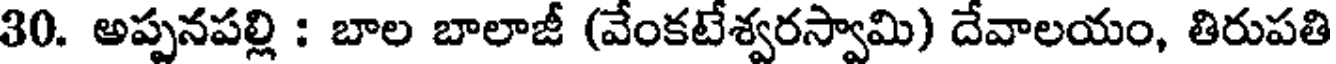
30. అప్పనపల్లి : బాల బాలాజీ (వేంకటేశ్వరస్వామి) దేవాలయం, తిరుపతి